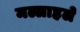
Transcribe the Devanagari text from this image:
मल्लाहले